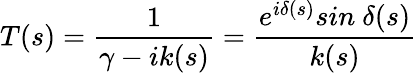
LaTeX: T(s)={\frac{1}{\gamma-ik(s)}}={\frac{e^{i\delta(s)}sin\ \delta(s)}{k(s)}}